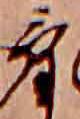
け